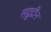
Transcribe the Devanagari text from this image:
सद्रुद्दीन